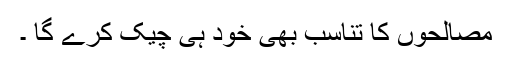
مصالحوں کا تناسب بھی خود ہی چیک کرے گا ۔